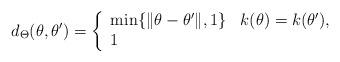
LaTeX: \begin{align*}d_\Theta(\theta,\theta') = \left\{\begin{array}{ll}\min\{\|\theta - \theta'\|,1\} & k(\theta) = k(\theta'), \\1 & \end{array}\right.\end{align*}